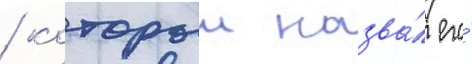
/ которыи назва́л его́